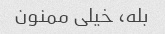
بله، خیلی ممنون